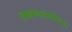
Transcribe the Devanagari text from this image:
लक्षणावलीम्।।